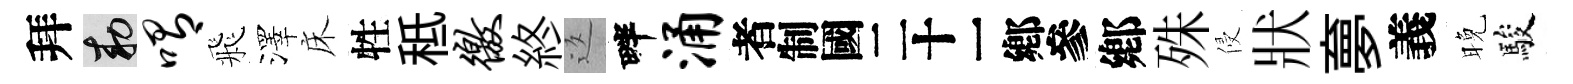
拜敕喟飛澤床牲秪徼終返畔涌识鄕殊侵狀夣義晚駿